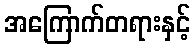
အကြောက်တရားနှင့်